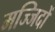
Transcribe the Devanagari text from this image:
मज्जिदों